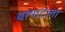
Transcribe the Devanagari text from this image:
बापाटला